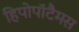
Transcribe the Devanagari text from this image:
हिपोपॉटैमस